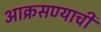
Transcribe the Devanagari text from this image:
आक्रसण्याची